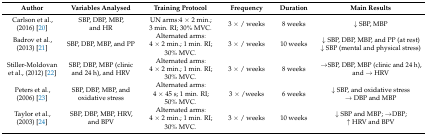
<table><thead><tr><td><b>Author</b></td><td><b>Variables Analysed</b></td><td><b>Training Protocol</b></td><td><b>Frequency</b></td><td><b>Duration</b></td><td><b>Main Results</b></td></tr></thead><tbody><tr><td>Carlson et al., (2016) [20]</td><td>SBP, DBP, MBP, and HR</td><td>UN arms:4 × 2 min.; 3 min. RI; 30% MVC.</td><td>3 × / weeks</td><td>8 weeks</td><td>↓ SBP, MBP</td></tr><tr><td>Badrov et al., (2013) [21]</td><td>SBP, DBP, MBP, and PP</td><td>Alternated arms: 4 × 2 min.; 1 min. RI; 30% MVC.</td><td>3 × / weeks</td><td>10 weeks</td><td>↓ SBP, DBP, MBP, and PP (at rest) ↓ SBP (mental and physical stress)</td></tr><tr><td>Stiller-Moldovan et al., (2012) [22]</td><td>SBP, DBP, MBP (clinic and 24 h), and HRV</td><td>Alternated arms: 4 × 2 min.; 1 min. RI; 30% MVC.</td><td>3 × / weeks</td><td>8 weeks</td><td>→SBP, DBP, MBP (clinic and 24 h), and → HRV</td></tr><tr><td>Peters et al., (2006) [23]</td><td>SBP, DBP, MBP, and oxidative stress</td><td>Alternated arms: 4 × 45 s; 1 min. RI; 50% MVC.</td><td>3 × /weeks</td><td>6 weeks</td><td>↓ SBP, and oxidative stress → DBP and MBP</td></tr><tr><td>Taylor et al., (2003) [24]</td><td>SBP, DBP, MBP, HRV, and BPV</td><td>Alternated arms: 4 × 2 min.; 1 min. RI; 30% MVC.</td><td>3 × / weeks</td><td>10 weeks</td><td>↓ SBP and MBP; →DBP; ↑ HRV and BPV</td></tr></tbody></table>